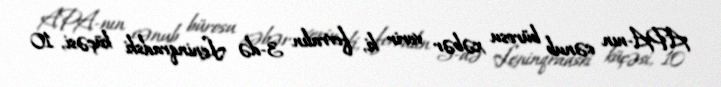
APA-nın cənub bürosu xəbər verir ki, fevralın 3-də Leninqradski küçəsi, 10